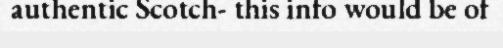
authentic Scotch- this info would be of